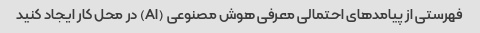
فهرستی از پیامدهای احتمالی معرفی هوش مصنوعی (AI) در محل کار ایجاد کنید